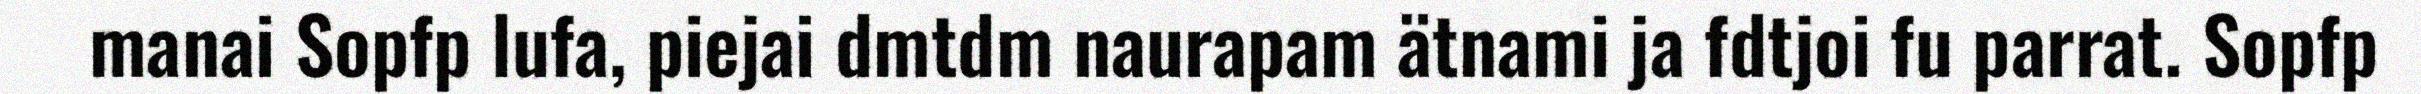
manai Sopfp lufa, piejai dmtdm naurapam ätnami ja fdtjoi fu parrat. Sopfp